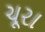
ચૂરા